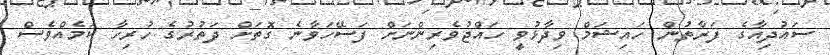
ސައުދިއާގެ ފަރާތުން ހައިޝަމް ވިދާޅުވީ ހައްޖުވެރިންނަށް ފަސޭހަވާނެ ގޮތަށް ދަތުރުގެ ހުރިހާ ކަމެއްވެސް